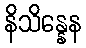
နိသိန္နေန